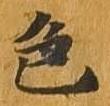
色